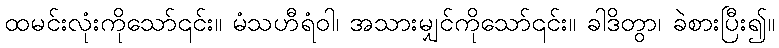
ထမင်းလုံးကိုသော်၎င်း။ မံသဟီရံဝါ၊ အသားမျှင်ကိုသော်၎င်း။ ခါဒိတွာ၊ ခဲစားပြီး၍။